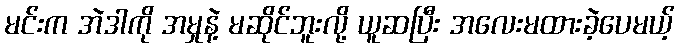
မင်းက အဲဒါကို အမှုနဲ့ မဆိုင်ဘူးလို့ ယူဆပြီး အလေးမထားခဲ့ပေမယ့်